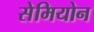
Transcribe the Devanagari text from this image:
सेमियोन